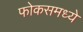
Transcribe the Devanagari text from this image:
फोकसमध्ये